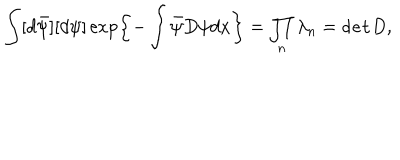
\int [ d \bar { \psi } ] [ d \psi ] \exp \left\{ - \int \bar { \psi } D \psi d x \right\} = \prod _ { n } \lambda _ { n } = { \tt d e t } D ,